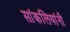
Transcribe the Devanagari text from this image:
सांकलियांनी